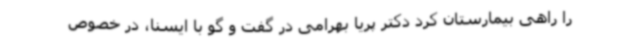
را راهی بیمارستان کرد دکتر پریا بهرامی در گفت و گو با ایسنا، در خصوص